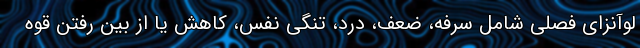
لوآنزای فصلی شامل سرفه، ضعف، درد، تنگی نفس، کاهش یا از بین رفتن قوه